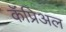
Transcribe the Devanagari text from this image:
कॅप्रिअल